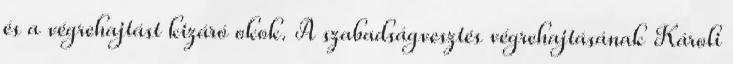
és a végrehajtást kizáró okok. A szabadságvesztés végrehajtásának Károli